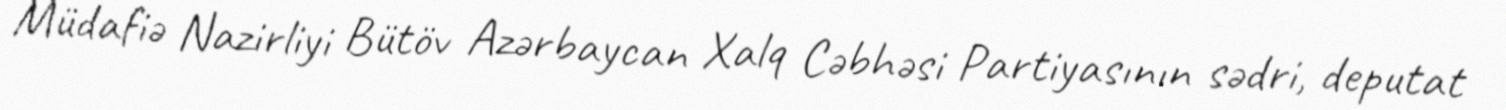
Müdafiə Nazirliyi Bütöv Azərbaycan Xalq Cəbhəsi Partiyasının sədri, deputat